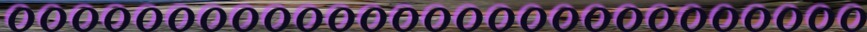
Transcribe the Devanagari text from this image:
०००००००००००००००००००००००००००